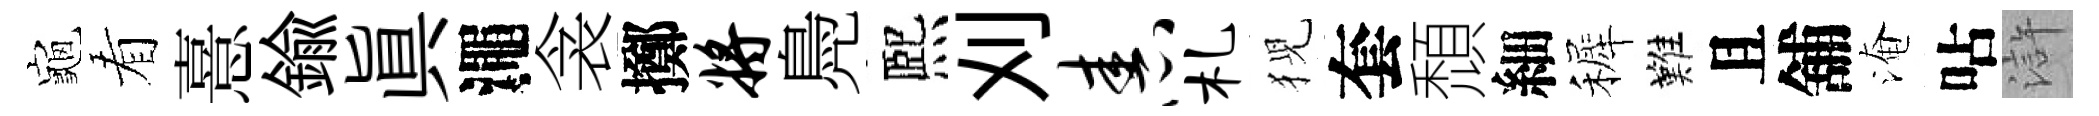
龜看憙鍮眞澠衾擲将鳧熈刈舂札猊套頹細裤難且舖淹呫滸